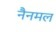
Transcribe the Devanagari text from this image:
नैनमल